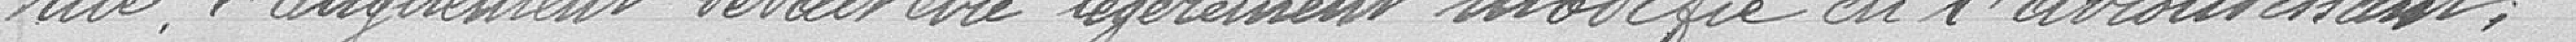
rue, l'alignement pouvait être légèrement modifié en l'arrondissant;